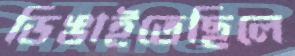
ডিঙাইতেছিলে